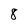
Character: 8